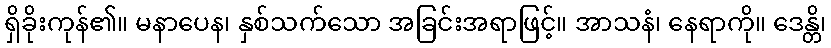
ရှိခိုးကုန်၏။ မနာပေန၊ နှစ်သက်သော အခြင်းအရာဖြင့်။ အာသနံ၊ နေရာကို။ ဒေန္တိ၊